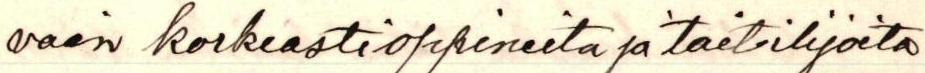
vain korkeasti oppineita ja taiteilijoita